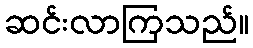
ဆင်းလာကြသည်။